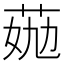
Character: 𦯏